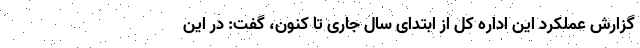
گزارش عملکرد این اداره کل از ابتدای سال جاری تا کنون، گفت: در این